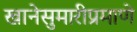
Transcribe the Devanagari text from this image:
खानेसुमारीप्रमाणे